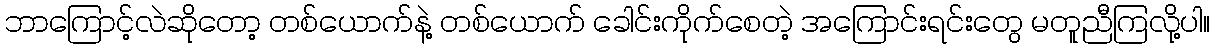
ဘာကြောင့်လဲဆိုတော့ တစ်ယောက်နဲ့ တစ်ယောက် ခေါင်းကိုက်စေတဲ့ အကြောင်းရင်းတွေ မတူညီကြလို့ပါ။